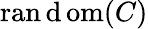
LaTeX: \operatorname{ran\mathrm{d}om}(C)